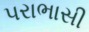
પરાભાસી